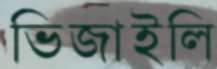
ভিজাইলি